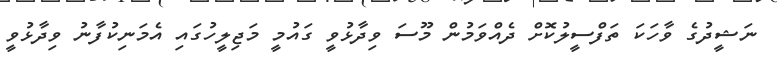
ނަޝީދުގެ ވާހަކަ ތަފްސީލުކޮށް ދެއްވަމުން މޫސަ ވިދާޅުވީ ގައުމީ މަޖިލީހުގައި އެމަނިކުފާނު ވިދާޅުވީ